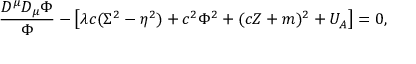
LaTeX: \frac { D ^ { \mu } D _ { \mu } \Phi } \Phi - \left[ \lambda c ( \Sigma ^ { 2 } - \eta ^ { 2 } ) + c ^ { 2 } \Phi ^ { 2 } + ( c Z + m ) ^ { 2 } + U _ { A } \right] = 0 ,